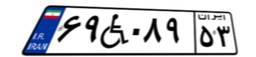
۰۷W۱۷۸۰۵